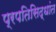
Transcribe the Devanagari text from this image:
प्रपतिसिद्धांत